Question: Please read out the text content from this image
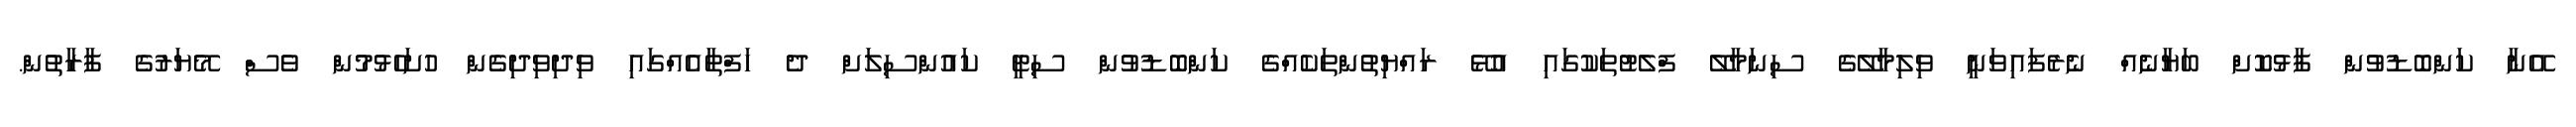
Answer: އޭނާ ކަންބޮޑުވުން ފާޅުކޮށް ބަޔާނެއް ނެރެފައިވަނީ ވިލިމާލޭގެ ސިނަމާލޭ ފްލެޓުތަކުގައި އުޅޭ ރައްޔިތުންތަކެއްގެ ކަންބޮޑުވުން ސިޓީ ކައުންސިލަށް ދެ ހަފްތާއެއްގައި ވިދިވިދިގެން ހުށަހެޅުމުން ވެސް މޭޔަރުގެ ފާރާތުން.